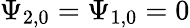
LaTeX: \Psi_{2,0}=\Psi_{1,0}=0